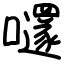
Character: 嚺